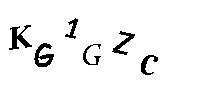
KG1GZC